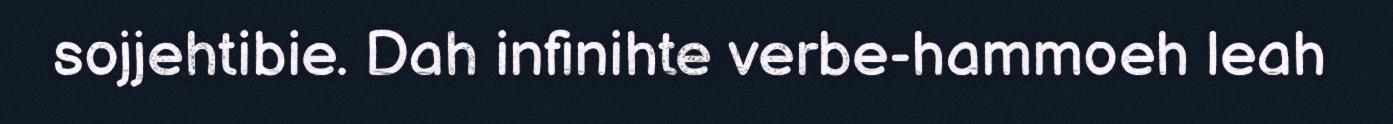
sojjehtibie. Dah infinihte verbe-hammoeh leah